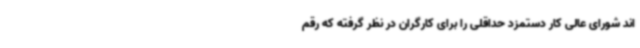
اند شورای عالی کار دستمزد حداقلی را برای کارگران در نظر گرفته که رقم